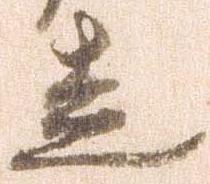
走